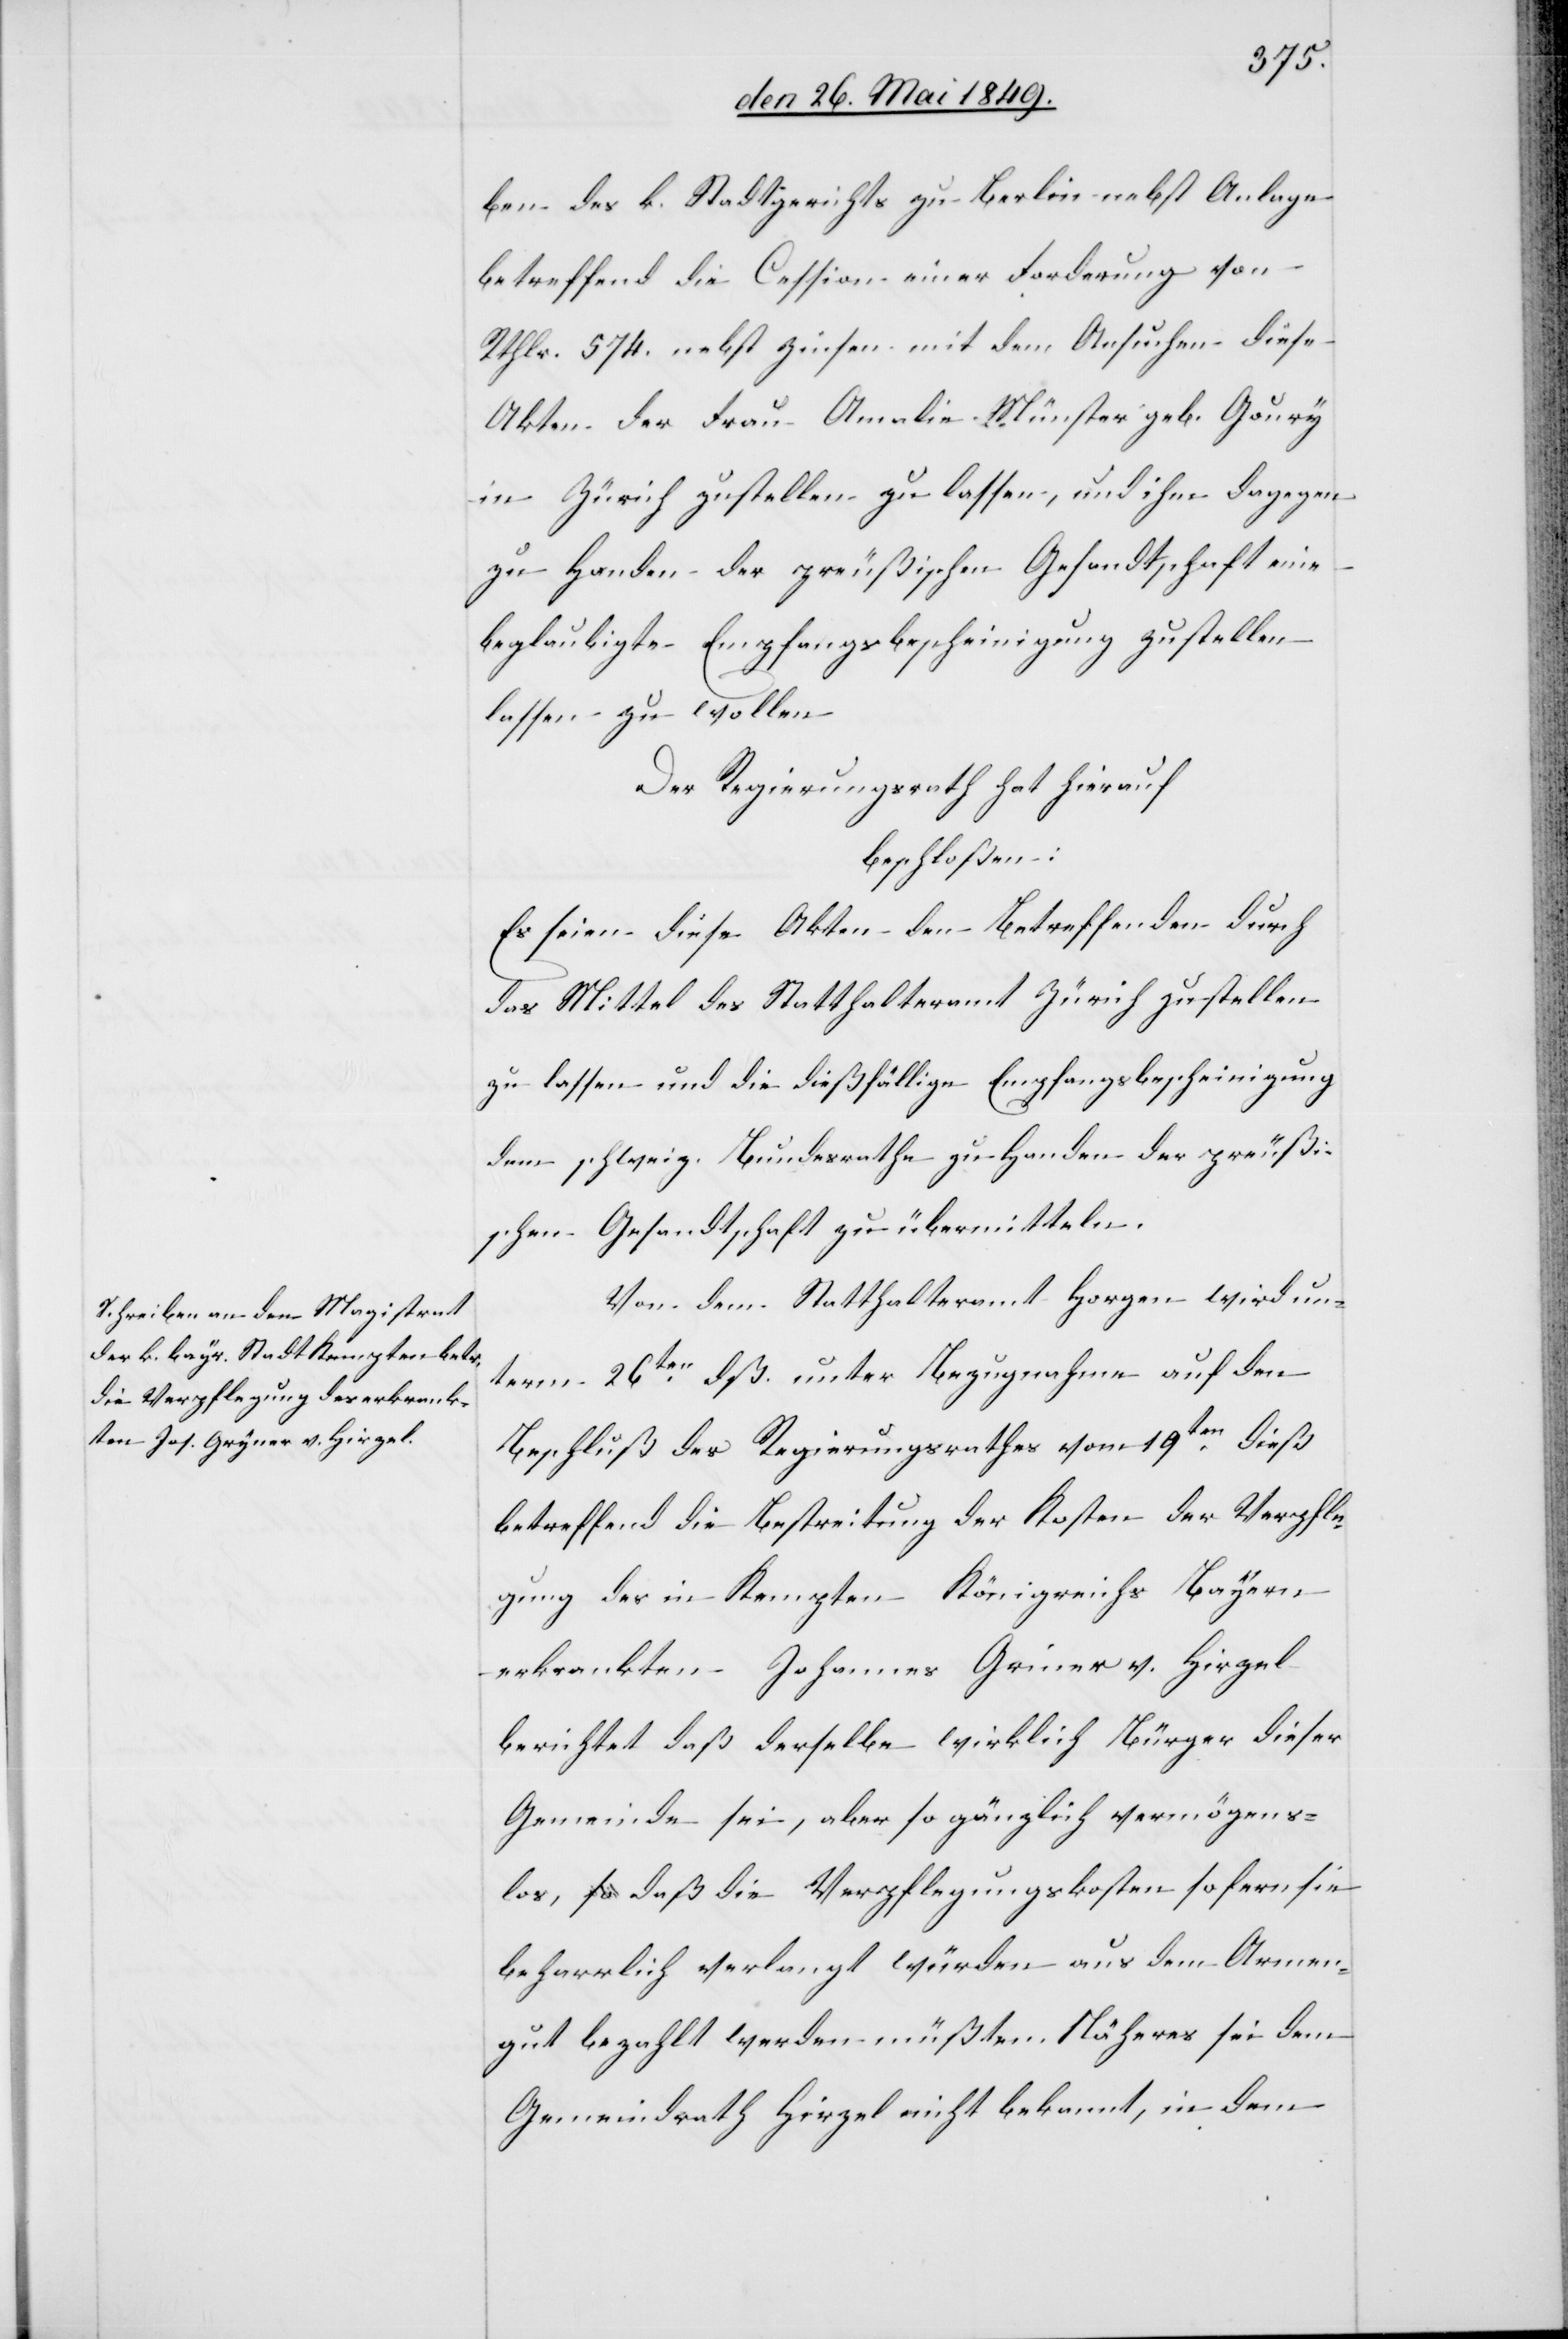
den 28. Mai 1849.]
ben des k. Stadtgerichts zu Berlin nebst Anlage
betreffend die Cession einer Forderung von
Rthlr. 574. nebst Zinsen mit dem Ansuchen diese
Akten der Frau Amalie Münster geb. Goury
in Zürich zustellen zu lassen, und ihm dagegen
zu Handen der preußischen Gesandtschaft eine
beglaubigte Empfangsbescheinigung zustellen
lassen zu wollen
Der Regierungsrath hat hierauf
beschlossen:
Es seien diese Akten den Betreffenden durch
das Mittel des Statthalteramt Zürich zustellen
zu lassen und die dießfällige Empfangsbescheinigung
dem schweiz. Bundesrathe zu Handen der preußi¬
schen Gesandtschaft zu übermitteln.
Von dem Statthalteramt Horgen wird un¬
term 26ten dß. unter Bezugnahme auf den
Beschluß des Regierungsrathes vom 19ten dieß
betreffend die Bestreitung der Kosten der Verpfle¬
dem
gung des in Kempten Königreichs Bayern
erkrankten Johannes Griner v. Hirzel
berichtet daß derselbe wirklich Bürger dieser
Gemeinde sei, aber so gänzlich vermögens¬
los, daß die Verpflegungskosten sofern sie
beharrlich verlangt würden aus dem Armen¬
gut bezahlt werden müßten. Näheres sei dem